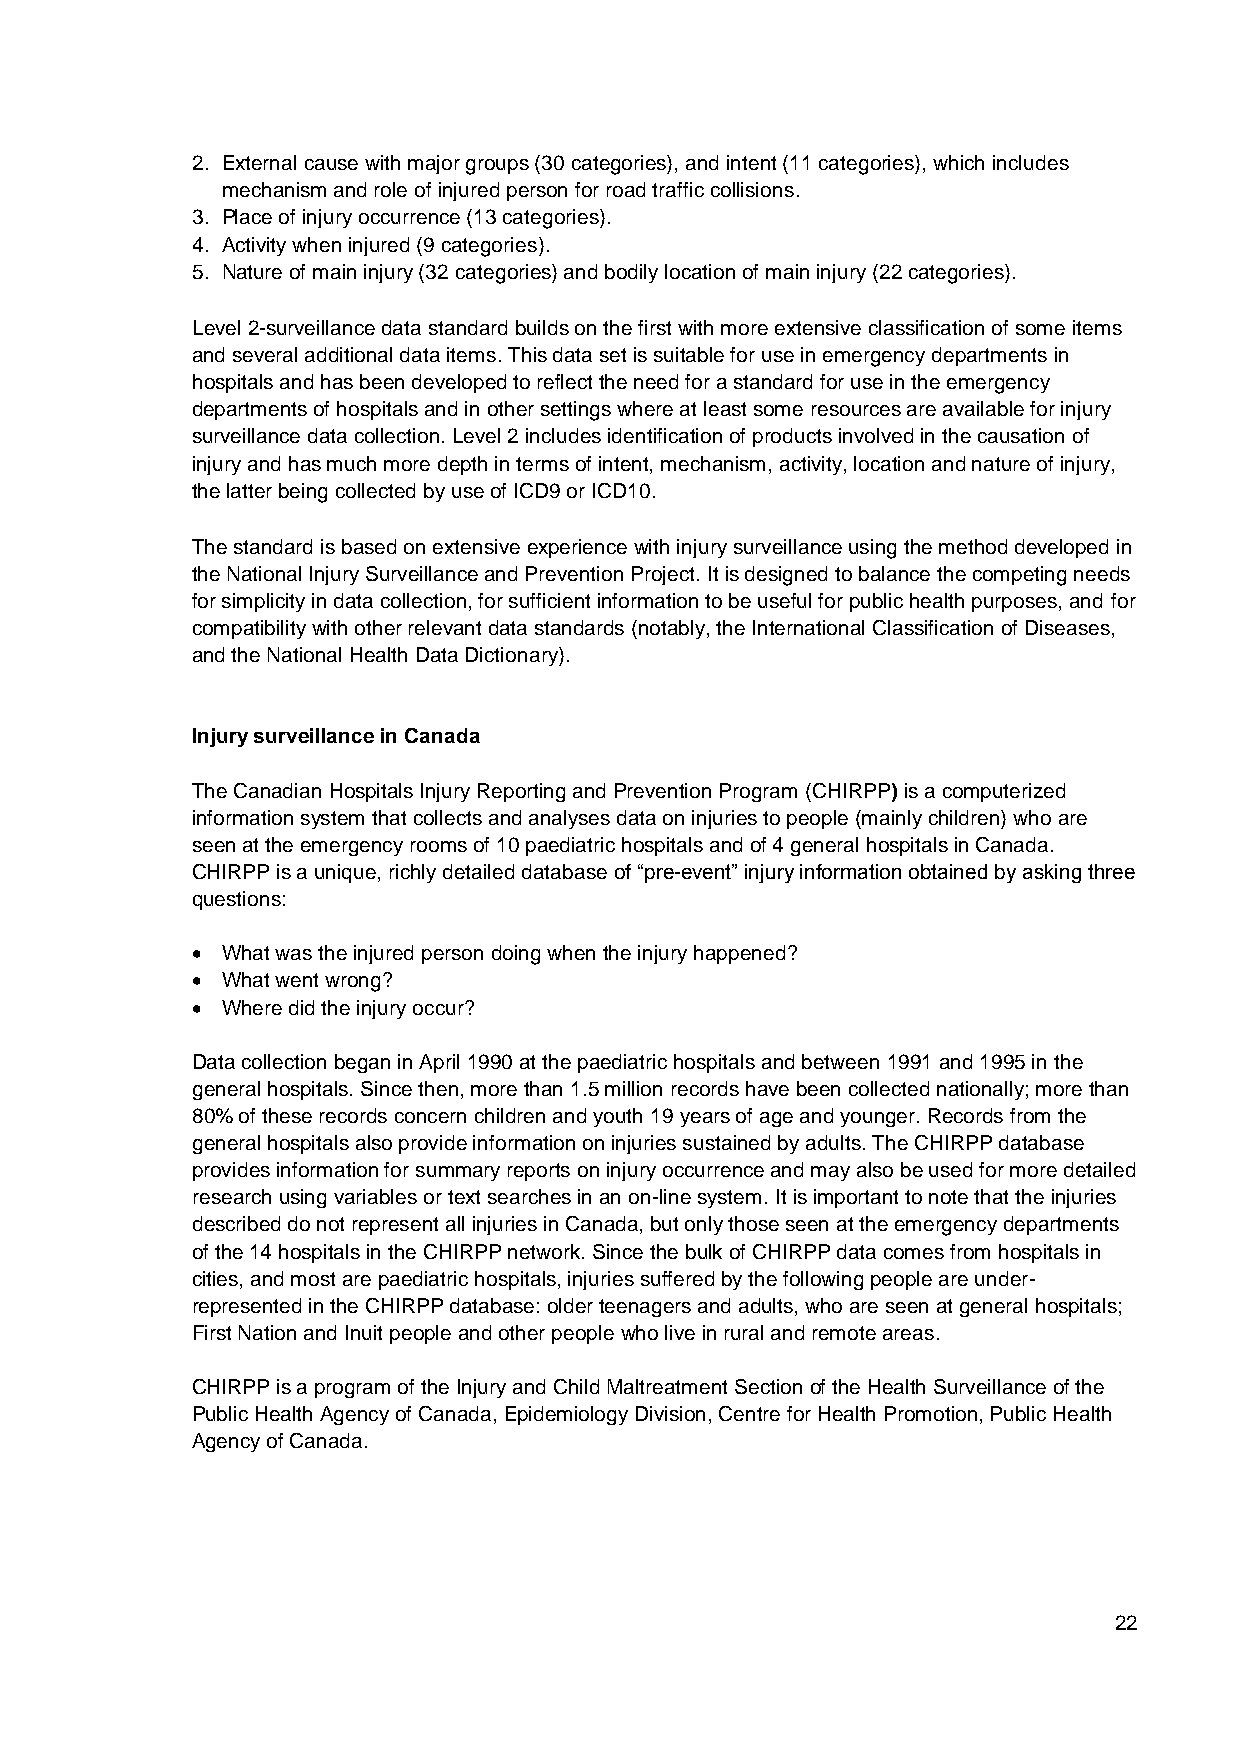
2. External cause with major groups (30 categories), and intent (11 categories), which includes
 mechanism and role of injured person for road traffic collisions.
 3. Place of injury occurrence (13 categories).
 4. Activity when injured (9 categories).
 5. Nature of main injury (32 categories) and bodily location of main injury (22 categories).
 Level 2-surveillance data standard builds on the first with more extensive classification of some items
 and several additional data items. This data set is suitable for use in emergency departments in
 hospitals and has been developed to reflect the need for a standard for use in the emergency
 departments of hospitals and in other settings where at least some resources are available for injury
 surveillance data collection. Level 2 includes identification of products involved in the causation of
 injury and has much more depth in terms of intent, mechanism, activity, location and nature of injury,
 the latter being collected by use of ICD9 or ICD10.
 The standard is based on extensive experience with injury surveillance using the method developed in
 the National Injury Surveillance and Prevention Project. It is designed to balance the competing needs
 for simplicity in data collection, for sufficient information to be useful for public health purposes, and for
 compatibility with other relevant data standards (notably, the International Classification of Diseases,
 and the National Health Data Dictionary).
 Injury surveillance in Canada
 The Canadian Hospitals Injury Reporting and Prevention Program (CHIRPP) is a computerized
 information system that collects and analyses data on injuries to people (mainly children) who are
 seen at the emergency rooms of 10 paediatric hospitals and of 4 general hospitals in Canada.
 CHIRPP is a unique, richly detailed database of “pre-event” injury information obtained by asking three
 questions:
  What was the injured person doing when the injury happened?
  What went wrong?
  Where did the injury occur?
 Data collection began in April 1990 at the paediatric hospitals and between 1991 and 1995 in the
 general hospitals. Since then, more than 1.5 million records have been collected nationally; more than
 80% of these records concern children and youth 19 years of age and younger. Records from the
 general hospitals also provide information on injuries sustained by adults. The CHIRPP database
 provides information for summary reports on injury occurrence and may also be used for more detailed
 research using variables or text searches in an on-line system. It is important to note that the injuries
 described do not represent all injuries in Canada, but only those seen at the emergency departments
 of the 14 hospitals in the CHIRPP network. Since the bulk of CHIRPP data comes from hospitals in
 cities, and most are paediatric hospitals, injuries suffered by the following people are under-
 represented in the CHIRPP database: older teenagers and adults, who are seen at general hospitals;
 First Nation and Inuit people and other people who live in rural and remote areas.
 CHIRPP is a program of the Injury and Child Maltreatment Section of the Health Surveillance of the
 Public Health Agency of Canada, Epidemiology Division, Centre for Health Promotion, Public Health
 Agency of Canada.
 22